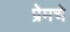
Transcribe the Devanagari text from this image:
प्रेमचे